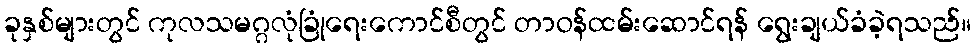
ခုနှစ်များတွင် ကုလသမဂ္ဂလုံခြုံရေးကောင်စီတွင် တာဝန်ထမ်းဆောင်ရန် ရွေးချယ်ခံခဲ့ရသည်။